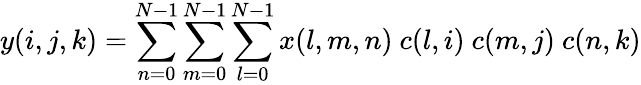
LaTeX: y(i,j,k)=\overset{N-1}{\underset{n=0}{\sum}}\overset{N-1}{\underset{m=0}{\sum}}\overset{N-1}{\underset{l=0}{\sum}}x(l,m,n)\ c(l,i)\ c(m,j)\ c(n,k)